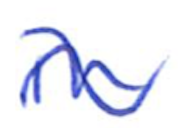
Text: in
Cross-out: wave
Writing tool: ballpoint